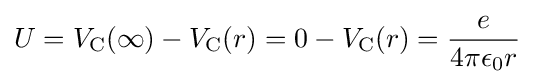
U=V_{\text{C}}(\infty )-V_{\text{C}}(r)=0-V_{\text{C}}(r)={\frac {e}{4\pi \epsilon _{0}r}}